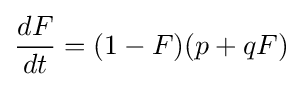
{\frac {dF}{dt}}=(1-F)(p+qF)